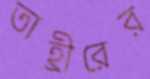
তাহ্রীরের